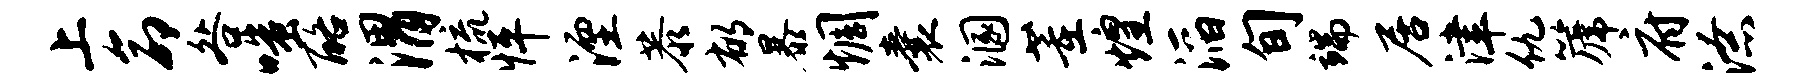
上命咎嗤酪渭梳怦湮恭郁暴惆囊溷董煌滔旬端居津仇篪府潦